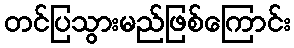
တင်ပြသွားမည်ဖြစ်ကြောင်း